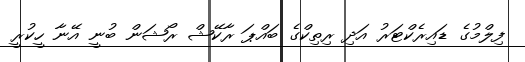
ފިލްމުގެ ޑައިރެކްޓަރު އަދި ރިތިކްގެ ބައްޕަ ރާކޭޝް ރޯޝަން ބުނީ އޭނާ ހީކުރީ